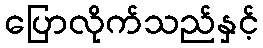
ပြောလိုက်သည်နှင့်